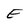
Character: E